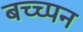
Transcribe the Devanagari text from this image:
बच्च्पन